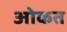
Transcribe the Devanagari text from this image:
ओकत